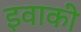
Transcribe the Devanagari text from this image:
इवाकी